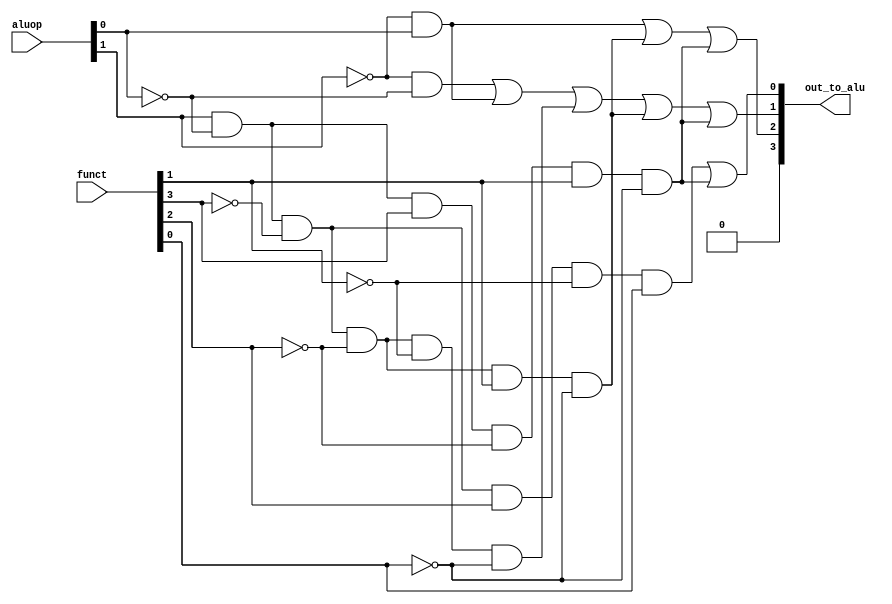
// async control to generate alu input signal
// input: 2-bit aluop control signal and 6-bit funct field from instruction
// output: 4-bit alu control input
module alucontrol (aluop, funct, out_to_alu);
	input [1:0] aluop;
	input [5:0] funct;
	output [3:0] out_to_alu;

	assign out_to_alu[3]=0;
	assign out_to_alu[2]=((~aluop[1])&(aluop[0])) | ((aluop[1])&(~aluop[0])&(~funct[3])&(~funct[2])&(funct[1])&(~funct[0])) | ((aluop[1])&(~aluop[0])&(funct[3])&(~funct[2])&(funct[1])&(~funct[0]));
	assign out_to_alu[1]=((~aluop[1])&(~aluop[0]))|((~aluop[1])&(aluop[0])) | ((aluop[1])&(~aluop[0])&(~funct[3])&(~funct[2])&(~funct[1])&(~funct[0])) | ((aluop[1])&(~aluop[0])&(~funct[3])&(~funct[2])&(funct[1])&(~funct[0]))|((aluop[1])&(~aluop[0])&(funct[3])&(~funct[2])&(funct[1])&(~funct[0]));
	assign out_to_alu[0]=((aluop[1])&(~aluop[0])&(~funct[3])&(funct[2])&(~funct[1])&(funct[0]))|((aluop[1])&(~aluop[0])&(funct[3])&(~funct[2])&(funct[1])&(~funct[0]));	
endmodule